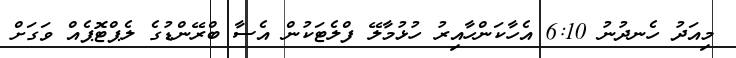
މިއަދު ހެނދުނު 6:10 އެހާކަންހާއިރު ހުޅުމާލޭ ފްލެޓަކުން އެސާ ބްރޭންޑުގެ ލެޕްޓޮޕެއް ވަގަށް